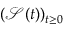
( \mathcal { S } ( t ) ) _ { t \geq 0 }